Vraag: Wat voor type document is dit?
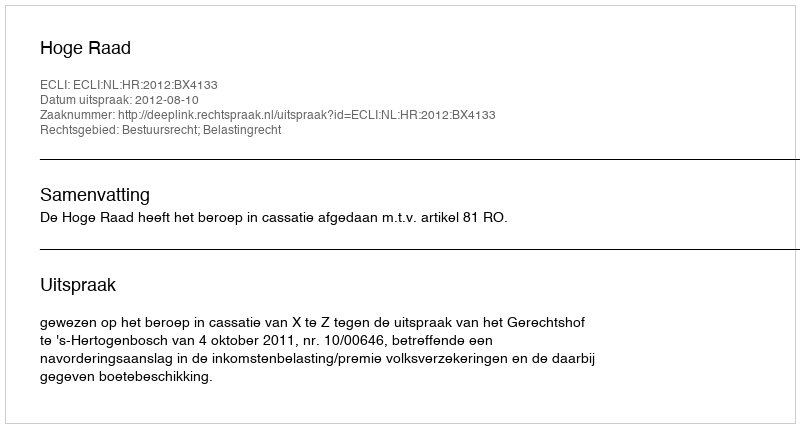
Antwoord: Uitspraak